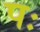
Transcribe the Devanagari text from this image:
पः